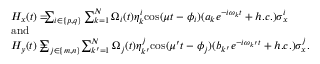
\begin{array} { r l } & { H _ { x } ( t ) = \! \! \! \! \sum _ { i \in \{ p , q \} } \sum _ { k = 1 } ^ { N } \Omega _ { i } ( t ) \eta _ { k } ^ { i } \mathrm { c o s } ( \mu t - \phi _ { i } ) ( a _ { k } e ^ { - i \omega _ { k } t } + h . c . ) \sigma _ { x } ^ { i } } \\ & { \mathrm { a n d } } \\ & { H _ { y } ( t ) = \! \! \! \! \! \! \sum _ { j \in \{ m , n \} } \! \sum _ { k ^ { \prime } = 1 } ^ { N } \Omega _ { j } ( t ) \eta _ { k ^ { \prime } } ^ { j } \mathrm { c o s } ( \mu ^ { \prime } t - \phi _ { j } ) ( b _ { k ^ { \prime } } e ^ { - i \omega _ { k ^ { \prime } } t } + h . c . ) \sigma _ { x } ^ { j } . } \end{array}